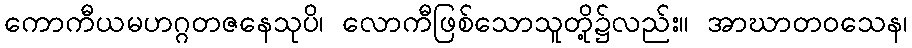
ကောကီယမဟဂ္ဂတဇနေသုပိ၊ လောကီဖြစ်သောသူတို့၌လည်း။ အာဃာတဝသေန၊